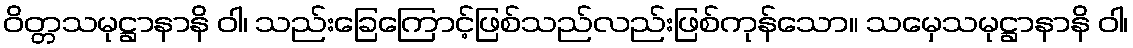
ဝိတ္တသမုဋ္ဌာနာနိ ဝါ၊ သည်းခြေကြောင့်ဖြစ်သည်လည်းဖြစ်ကုန်သော။ သမှေသမုဋ္ဌာနာနိ ဝါ၊